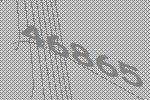
46865